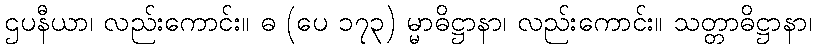
ဌပနီယာ၊ လည်းကောင်း။ ဓ (ပေ ၁၇၃) မ္မာဓိဋ္ဌာနာ၊ လည်းကောင်း။ သတ္တာဓိဋ္ဌာနာ၊